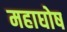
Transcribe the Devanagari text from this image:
महाघोष